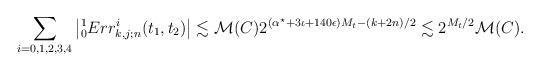
LaTeX: \begin{align*}\sum_{i=0, 1,2,3,4}\big|{}_0^{1}Err^i_{k,j;n}(t_1, t_2)\big|\lesssim \mathcal{M}(C) 2^{ (\alpha^\star + 3\iota + 140\epsilon) M_t- (k+2n)/2} \lesssim 2^{ M_t/2} \mathcal{M}(C). \end{align*}